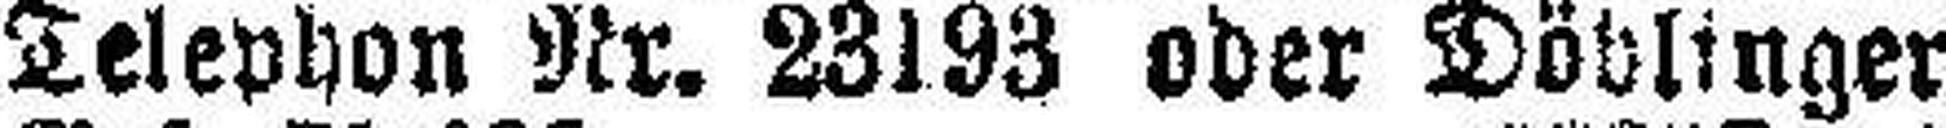
Telephon Nr. 23193 oder Döblinger